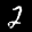
Label: 2